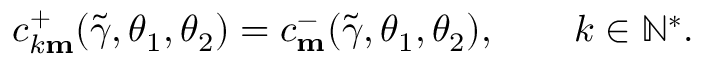
c _ { k \mathbf { m } } ^ { + } ( \widetilde { \gamma } , \theta _ { 1 } , \theta _ { 2 } ) = c _ { \mathbf { m } } ^ { - } ( \widetilde { \gamma } , \theta _ { 1 } , \theta _ { 2 } ) , \qquad k \in \mathbb { N } ^ { * } .